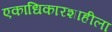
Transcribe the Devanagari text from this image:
एकाधिकारशाहीला